Scientific memoirs by medical officers of the Army of India - Part XII,
Year: 1901
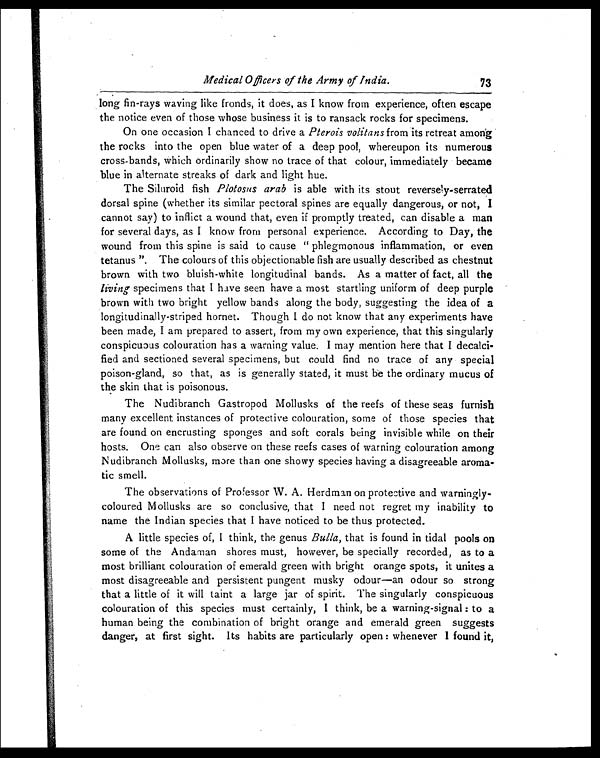
Medical Officers of the Army of India.
73
long fin-rays waving like fronds, it does, as I know from experience, often escape
the notice even of those whose business it is to ransack rocks for specimens.
On one occasion I chanced to drive a Pterois volitans from its retreat among
the rocks into the open blue water of a deep pool, whereupon its numerous
cross-bands, which ordinarily show no trace of that colour, immediately became
blue in alternate streaks of dark and light hue.
The Siluroid fish Plotosus arab is able with its stout reversely-serrated
dorsal spine (whether its similar pectoral spines are equally dangerous, or not, I
cannot say) to inflict a wound that, even if promptly treated, can disable a man
for several days, as I know from personal experience. According to Day, the
wound from this spine is said to cause "phlegmonous inflammation, or even
tetanus". The colours of this objectionable fish are usually described as chestnut
brown with two bluish-white longitudinal bands. As a matter of fact, all the
living specimens that I have seen have a most startling uniform of deep purple
brown with two bright yellow bands along the body, suggesting the idea of a
longitudinally-striped hornet. Though I do not know that any experiments have
been made, I am prepared to assert, from my own experience, that this singularly
conspicuous colouration has a warning value. I may mention here that I decalci-
fied and sectioned several specimens, but could find no trace of any special
poison-gland, so that, as is generally stated, it must be the ordinary mucus of
the skin that is poisonous.
The Nudibranch Gastropod Mollusks of the reefs of these seas furnish
many excellent instances of protective colouration, some of those species that
are found on encrusting sponges and soft corals being invisible while on their
hosts. One can also observe on these reefs cases of warning colouration among
Nudibranch Mollusks, more than one showy species having a disagreeable aroma-
tic smell.
The observations of Professor W. A. Herdman on protective and warningly-
coloured Mollusks are so conclusive, that I need not regret my inability to
name the Indian species that I have noticed to be thus protected.
A little species of, I think, the genus Bulla, that is found in tidal pools on
some of the Andaman shores must, however, be specially recorded, as to a
most brilliant colouration of emerald green with bright orange spots, it unites a
most disagreeable and persistent pungent musky odour—an odour so strong
that a little of it will taint a large jar of spirit. The singularly conspicuous
colouration of this species must certainly, I think, be a warning-signal: to a
human being the combination of bright orange and emerald green suggests
danger, at first sight. Its habits are particularly open: whenever I found it,